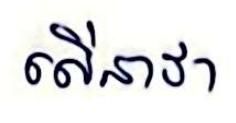
លើនាវា